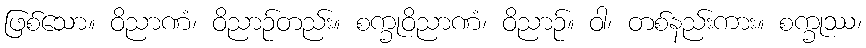
ဖြစ်သော။ ဝိညာဏံ၊ ဝိညာဉ်တည်း။ စက္ခုဝိညာဏံ၊ ဝိညာဉ်။ ဝါ၊ တစ်နည်းကား။ စက္ခုဿ၊